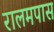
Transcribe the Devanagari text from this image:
रालमपास